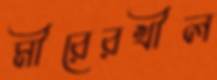
মীরেরখীল